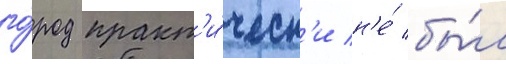
го́род практ'и́ческ'и н'е́ бы́л